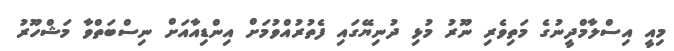
މިއީ އިސްލާމްދީނުގެ މަތިވެރި ނޫރު މުޅި ދުނިޔޭގައި ފެތުރުއްވުމަށް އިންޑިއާއަށް ނިސްބަތްވާ މަޝްހޫރު